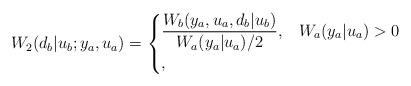
LaTeX: \begin{align*} W_2(d_b|u_b; y_a, u_a) = \begin{cases} \dfrac{W_b(y_a,u_a,d_b|u_b)}{W_a(y_a|u_a)/2}, & W_a(y_a|u_a) >0 \\ , & \end{cases} \end{align*}